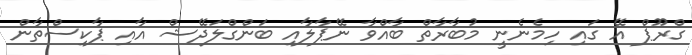
ގްރޫޕް އޭ ގައި ހިމެނެނީ މުބާރާތް ބާއްވާ ނޭޕާލާއި ބަންގްލަދޭޝް އާއި ޕާކިސްތާން